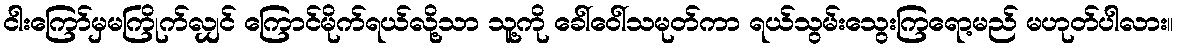
ငါးကြော်မှမကြိုက်လျှင် ကြောင်မိုက်ရယ်လို့သာ သူ့ကို ခေါ်ဝေါ်သမုတ်ကာ ရယ်သွမ်းသွေးကြရော့မည် မဟုတ်ပါလား။